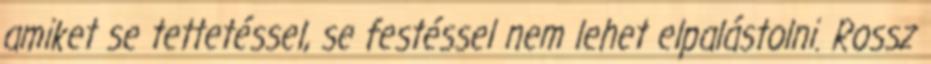
amiket se tettetéssel, se festéssel nem lehet elpalástolni. Rossz